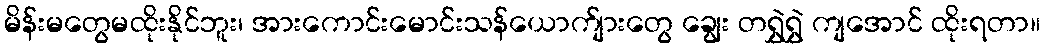
မိန်းမတွေမထိုးနိုင်ဘူး၊ အားကောင်းမောင်းသန်ယောက်ျားတွေ ချွေး တရွှဲရွှဲ ကျအောင် ထိုးရတာ။